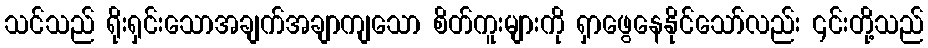
သင်သည် ရိုးရှင်းသောအချက်အချာကျသော စိတ်ကူးများကို ရှာဖွေနေနိုင်သော်လည်း ၎င်းတို့သည်